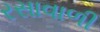
રસાવાળી